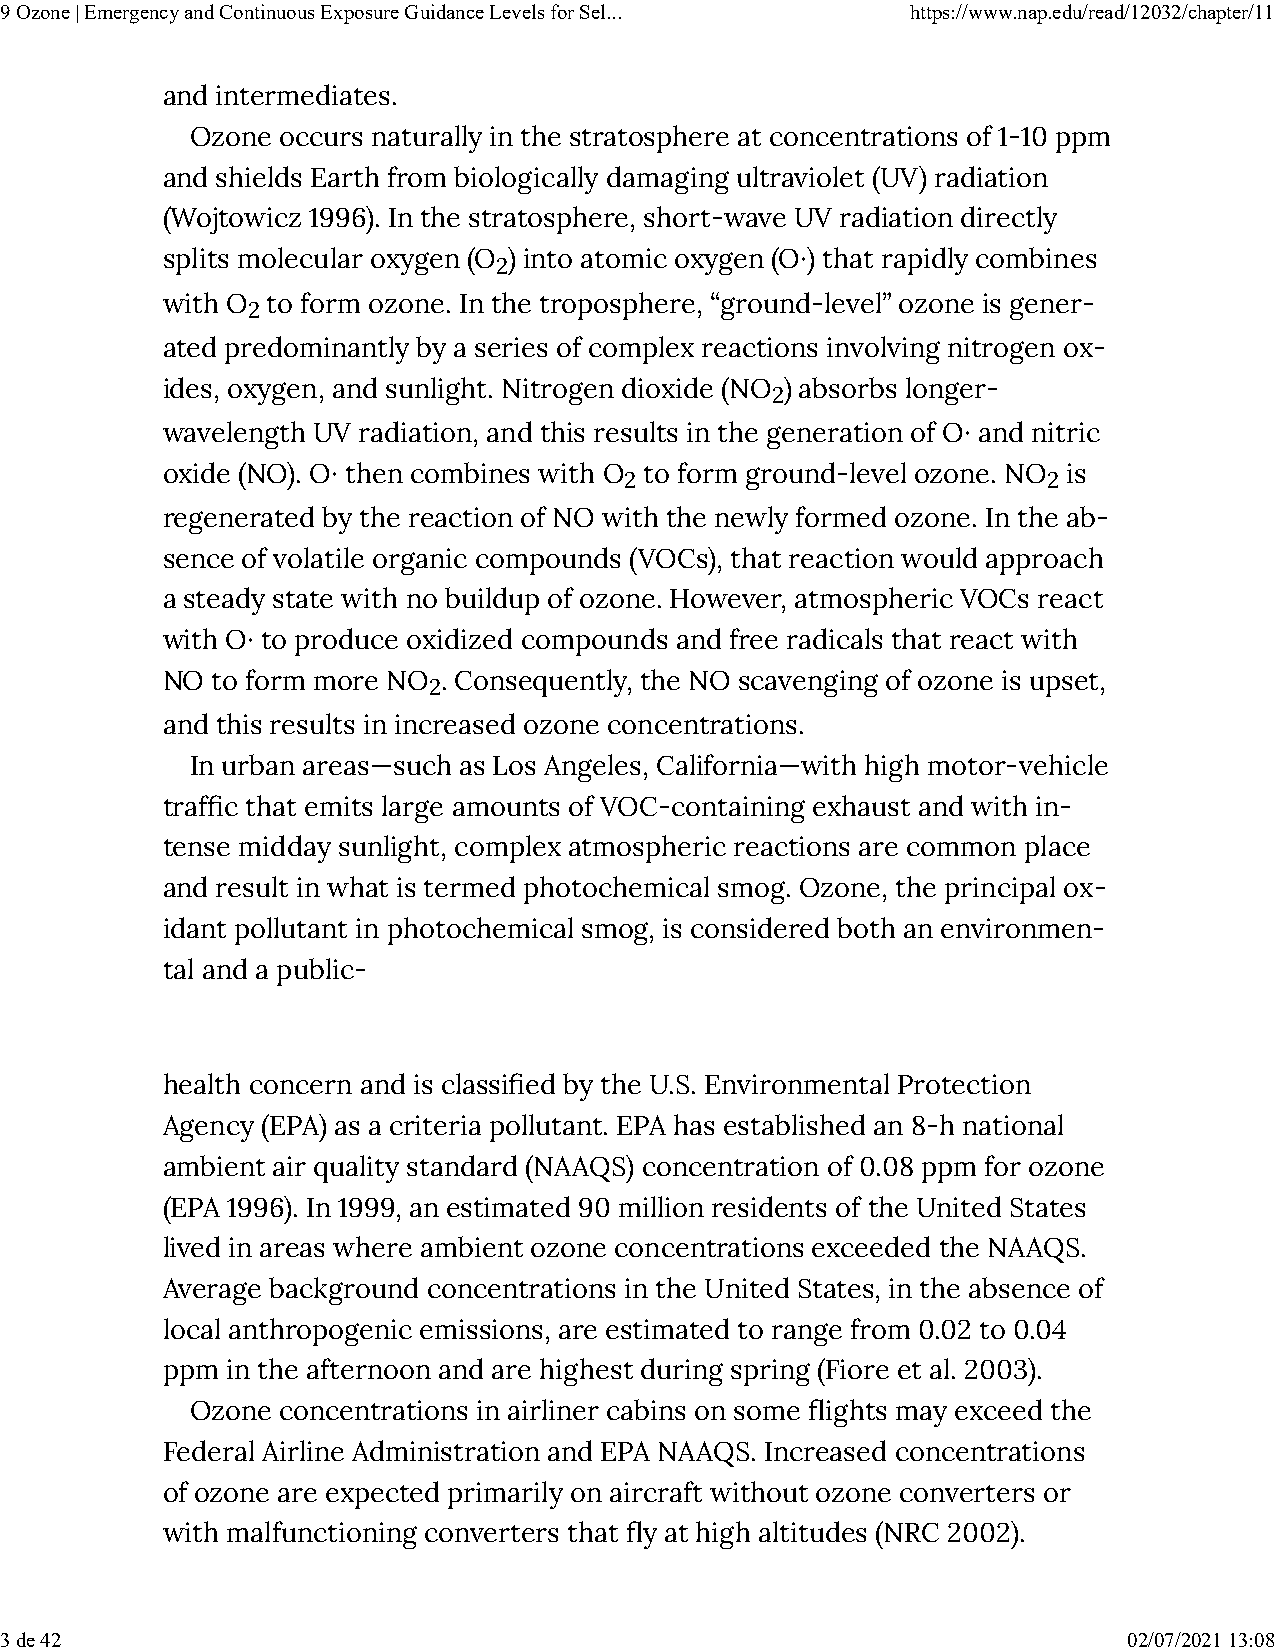
9 Ozone | Emergency and Continuous Exposure Guidance Levels for Sel... https://www.nap.edu/read/12032/chapter/11
 and intermediates.
 Ozone occurs naturally in the stratosphere at concentrations of 1-10 ppm
 and shields Earth from biologically damaging ultraviolet (UV) radiation
 (Wojtowicz 1996). In the stratosphere, short-wave UV radiation directly
 splits molecular oxygen (O ) into atomic oxygen (O·) that rapidly combines
 2
 with O to form ozone. In the troposphere, “ground-level” ozone is gener-
 2
 ated predominantly by a series of complex reactions involving nitrogen ox-
 ides, oxygen, and sunlight. Nitrogen dioxide (NO ) absorbs longer-
 2
 wavelength UV radiation, and this results in the generation of O· and nitric
 oxide (NO). O· then combines with O to form ground-level ozone. NO is
 2                           2
 regenerated by the reaction of NO with the newly formed ozone. In the ab-
 sence of volatile organic compounds (VOCs), that reaction would approach
 a steady state with no buildup of ozone. However, atmospheric VOCs react
 with O· to produce oxidized compounds and free radicals that react with
 NO to form more NO . Consequently, the NO scavenging of ozone is upset,
 2
 and this results in increased ozone concentrations.
 In urban areas—such as Los Angeles, California—with high motor-vehicle
 traf�c that emits large amounts of VOC-containing exhaust and with in-
 tense midday sunlight, complex atmospheric reactions are common place
 and result in what is termed photochemical smog. Ozone, the principal ox-
 idant pollutant in photochemical smog, is considered both an environmen-
 tal and a public-
 health concern and is classi�ed by the U.S. Environmental Protection
 Agency (EPA) as a criteria pollutant. EPA has established an 8-h national
 ambient air quality standard (NAAQS) concentration of 0.08 ppm for ozone
 (EPA 1996). In 1999, an estimated 90 million residents of the United States
 lived in areas where ambient ozone concentrations exceeded the NAAQS.
 Average background concentrations in the United States, in the absence of
 local anthropogenic emissions, are estimated to range from 0.02 to 0.04
 ppm in the afternoon and are highest during spring (Fiore et al. 2003).
 Ozone concentrations in airliner cabins on some �ights may exceed the
 Federal Airline Administration and EPA NAAQS. Increased concentrations
 of ozone are expected primarily on aircraft without ozone converters or
 with malfunctioning converters that �y at high altitudes (NRC 2002).
 3 de 42                                                                    02/07/2021 13:08